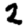
Digit: 2